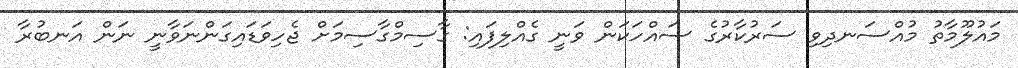
މައުލޫމާތު މުއްސަނދިވި ސަރުކާރުގެ ސައްހަކަން ވަނީ ގެއްލިފައި: ގާސިމްގާސިމަށް ޖެހިވަޑައިގަންނަވާނީ ނަން އަނބުރާ